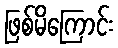
ဖြစ်မိကြောင်း